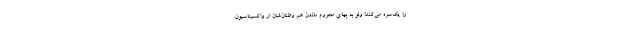
را یک‌سره می‌کند! ولو به بهای محروم ماندن هم وطنان‌شان از واکسیناسیون.